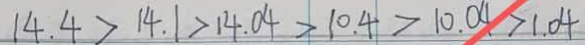
1 4 . 4 > 1 4 . 1 > 1 4 . 0 4 > 1 0 . 4 > 1 4 . 0 4 > 1 . 0 4